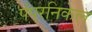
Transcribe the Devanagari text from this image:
पंपरनिकेल